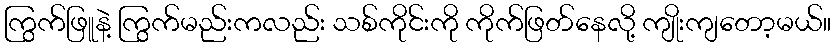
ကြွက်ဖြူနဲ့ ကြွက်မည်းကလည်း သစ်ကိုင်းကို ကိုက်ဖြတ်နေလို့ ကျိုးကျတော့မယ်။